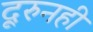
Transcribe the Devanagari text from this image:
दूरुनही